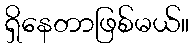
ရှိနေတာဖြစ်မယ်။